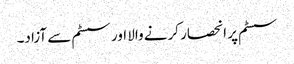
سسٹم پر انحصار کرنے والا اور سسٹم سے آزاد۔